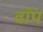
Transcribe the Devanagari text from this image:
वॉप